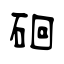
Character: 硘